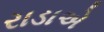
રાડાએ